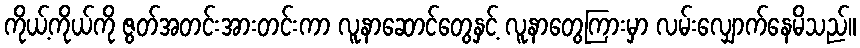
ကိုယ့်ကိုယ်ကို ဇွတ်အတင်းအားတင်းကာ လူနာဆောင်တွေနှင့် လူနာတွေကြားမှာ လမ်းလျှောက်နေမိသည်။